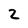
Character: 2